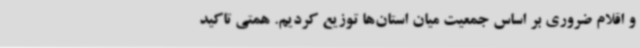
و اقلام ضروری بر اساس جمعیت میان استان‌ها توزیع کردیم. همتی تاکید